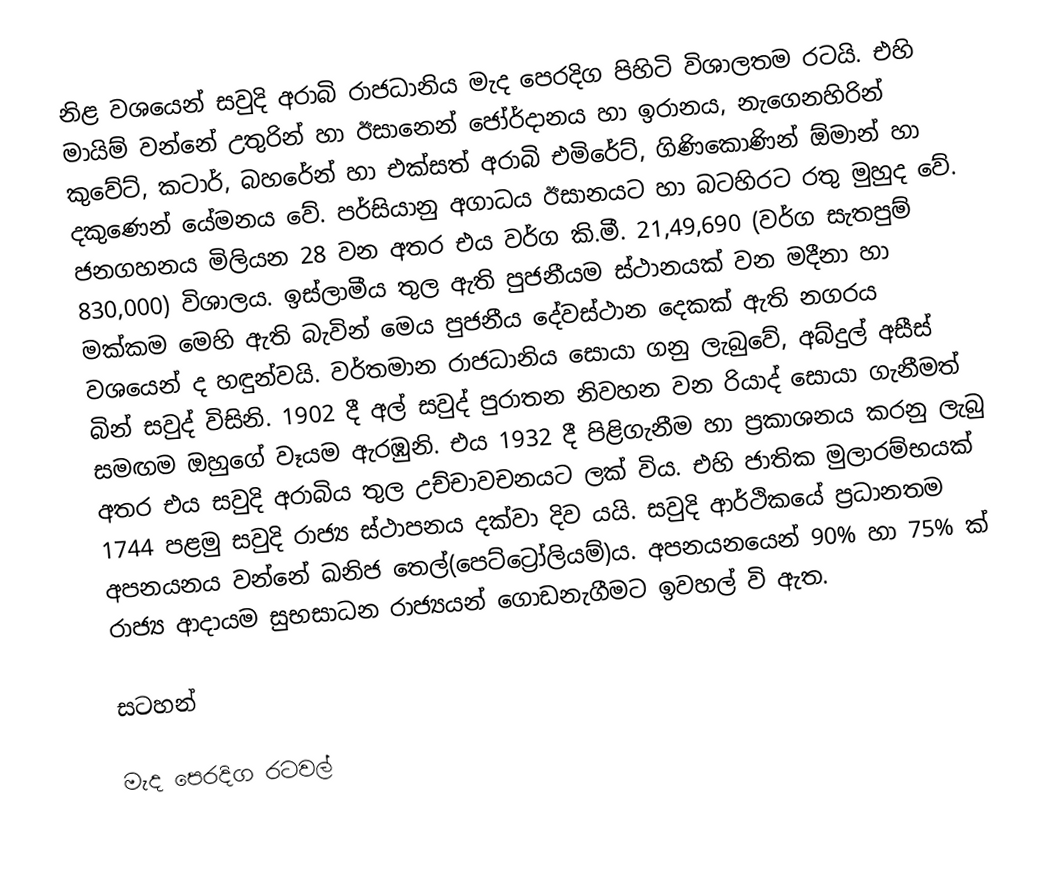
නිළ වශයෙන් සවුදි අරාබි රාජධානිය මැද පෙරදිග පිහිටි විශාලතම රටයි. එහි මායිම් වන්නේ උතුරින් හා ඊසානෙන් ජෝර්දානය හා ඉරානය, නැගෙනහිරින් කුවේට්, කටාර්, බහරේන් හා එක්සත් අරාබි එමිරේට්, ගිණිකොණින් ඕමාන් හා දකුණෙන් යේමනය වේ. පර්සියානු අගාධය ඊසානයට හා බටහිරට රතු මුහුද වේ. ජනගහනය මිලියන 28 වන අතර එය වර්ග කි.මී. 21,49,690 (වර්ග සැතපුම් 830,000) විශාලය. ඉස්ලාමීය තුල ඇති පුජනීයම ස්ථානයක් වන මදීනා හා මක්කම මෙහි ඇති බැවින් මෙය පුජනීය දේවස්ථාන දෙකක් ඇති නගරය වශයෙන් ද හඳුන්වයි. වර්තමාන රාජධානිය සොයා ගනු ලැබුවේ, අබ්දුල් අසීස් බින් සවුද් විසිනි. 1902  දී අල් සවුද් පුරාතන නිවහන වන රියාද් සොයා ගැනීමත් සමඟම ඔහු‍ගේ වෑයම ඇරඹුනි. එය  1932 දී පිළිගැනීම හා ප්‍රකාශනය කරනු ලැබු අතර එය සවුදි අරාබිය තුල උච්චාවචනයට ලක් විය. එහි ජාතික මුලාරම්භයක් 1744 පළමු සවුදි රාජ්‍ය ස්ථාපනය දක්වා දිව යයි. සවුදි ආර්ථිකයේ ප්‍රධානතම අපනයනය වන්නේ ඛනිජ තෙල්(පෙට්ට්‍රෝලියම්)ය. අපනයනයෙන් 90% හා 75% ක් රාජ්‍ය ආදායම සුභසාධන රාජ්‍යයන් ගොඩනැගීමට ඉවහල් වි ඇත.

සටහන්

මැද පෙරදිග රටවල්